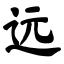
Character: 远